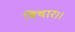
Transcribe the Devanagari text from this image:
विचार।।